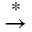
\stackrel { * } { \rightarrow }